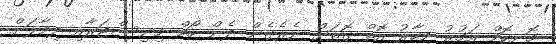
މޮނިކޮމް އަމުރު މިހާރު އޮތް ގޮތަށް ނެރެގެން ދެން ހޯމް މިނިސްޓަރާއި ދިމާލަށް